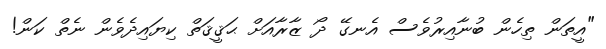
"އީތަން ތިހެން ބުނާއިރުވެސް އެނގޭ ދޯ ޒާރާއަށް ޙަޤީޤަތް ކިޔައިދެވެން ނެތް ކަން!